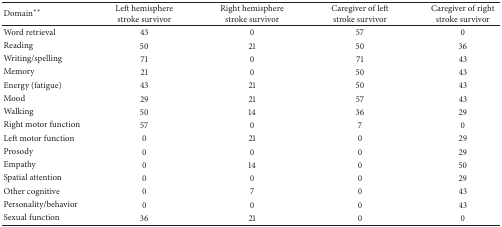
| Domain** | Left hemisphere stroke survivor | Right hemisphere stroke survivor | Caregiver of left stroke survivor | Caregiver of right stroke survivor |
 | --- | --- | --- | --- | --- |
 | Word retrieval | 43 | 0 | 57 | 0 |
 | Reading | 50 | 21 | 50 | 36 |
 | Writing/spelling | 71 | 0 | 71 | 43 |
 | Memory | 21 | 0 | 50 | 43 |
 | Energy (fatigue) | 43 | 21 | 50 | 43 |
 | Mood | 29 | 21 | 57 | 43 |
 | Walking | 50 | 14 | 36 | 29 |
 | Right motor function | 57 | 0 | 7 | 0 |
 | Left motor function | 0 | 21 | 0 | 29 |
 | Prosody | 0 | 0 | 0 | 29 |
 | Empathy | 0 | 14 | 0 | 50 |
 | Spatial attention | 0 | 0 | 0 | 29 |
 | Other cognitive | 0 | 7 | 0 | 43 |
 | Personality/behavior | 0 | 0 | 0 | 43 |
 | Sexual function | 36 | 21 | 0 | 0 |